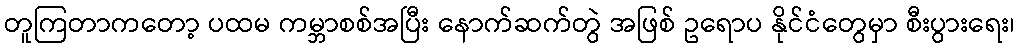
တူကြတာကတော့ ပထမ ကမ္ဘာစစ်အပြီး နောက်ဆက်တွဲ အဖြစ် ဥရောပ နိုင်ငံတွေမှာ စီးပွားရေး၊